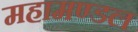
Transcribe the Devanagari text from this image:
महामण्‍डल